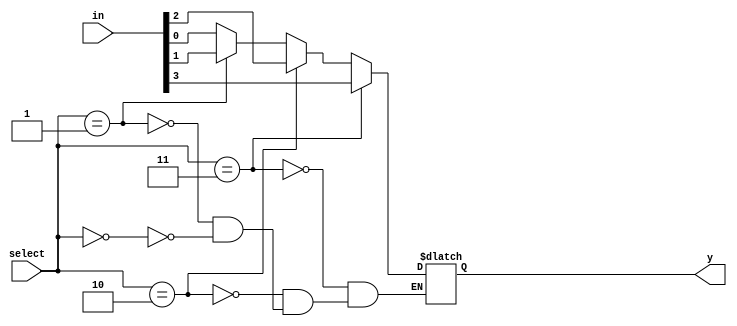
module mux_m_to_1(select, in, y);
parameter m=4; // input  size
parameter k=2; // selection size
input [k-1:0] select;
input [m-1:0]in;
output reg y;

integer i;
always @(*)
    for(i=0;i<m;i=i+1)
        if(select==i) y = in[i];
endmodule